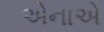
એનાએ